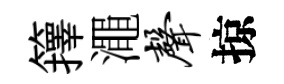
籜澠声掠